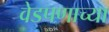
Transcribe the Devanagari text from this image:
वेडपणाच्या